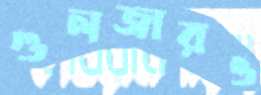
গুলজারও